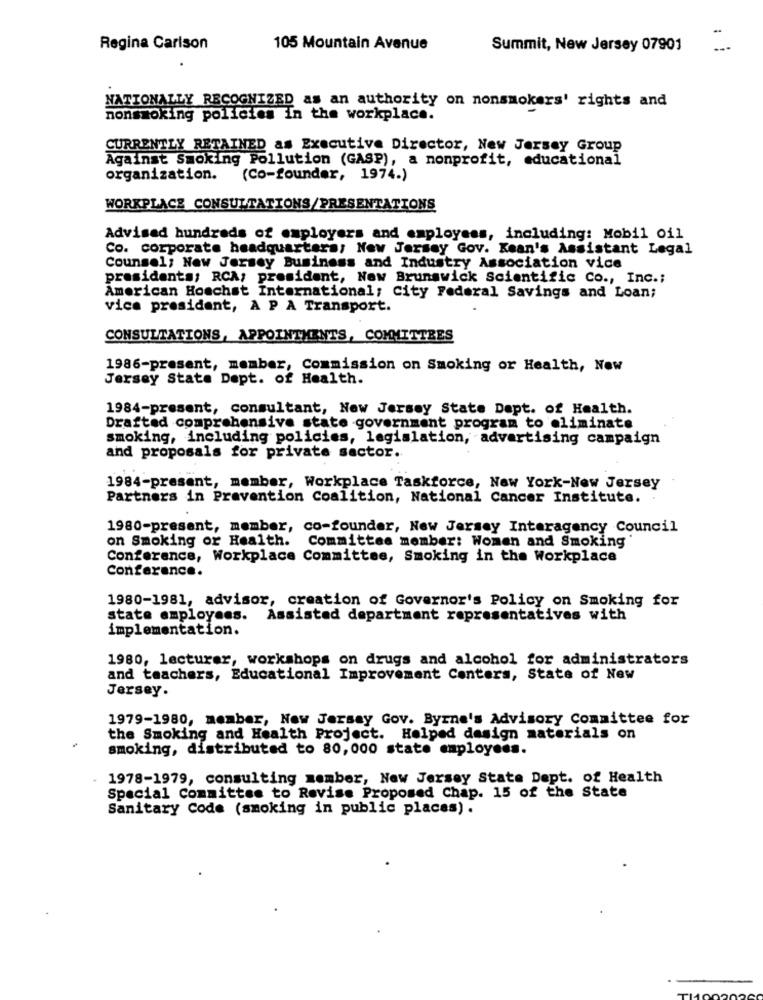
Regina Carlson
105 Mountain Avenue
Summit, New Jersey 07901
NATIONALLY RECOGNIZED as an authority on nonsmokers' rights and
nonsmoking policies in the workplace.
CURRENTLY RETAINED as Executive Director, New Jersey Group
Against Smoking Pollution (GASP), a nonprofit, educational
organization.
(Co-founder, 1974.)
WORKPLACE CONSULTATIONS/PRESENTATIONS
Advised hundreds of employers and employees, including: Mobil oil
Co. corporate headquarters; New Jersey Gov. Kean's Assistant Legal
Counsel; New Jersey Business and Industry Association vice
presidents; RCA; president, New Brunswick Scientific Co ., Inc .;
American Hoechst International; City Federal Savings and Loan;
vice president, A P A Transport.
CONSULTATIONS, APPOINTMENTS, COMMITTEES
1986-present, member, Commission on Smoking or Health, New
Jersey State Dept. of Health.
1984-present, consultant, New Jersey State Dept. of Health.
Drafted comprehensive state government program to eliminate
smoking, including policies, legislation, advertising campaign
and proposals for private sector.
1984-present, member, Workplace Taskforce, New York-New Jersey
Partners in Pravention Coalition, National Cancer Institute. .
1980-present, member, co-founder, New Jersey Interagency Council
on Smoking or Health. Committee member: Women and Smoking
Conference, Workplace Committee, Smoking in the Workplace
Conference.
1980-1981, advisor, creation of Governor's Policy on Smoking for
state employees. Assisted department representatives with
implementation.
1980, lecturer, workshops on drugs and alcohol for administrators
and teachers, Educational Improvement Centers, State of New
Jersey.
1979-1980, member, New Jersey Gov. Byrne's Advisory Committee for
the Smoking and Health Project. Helped design materials on
smoking, distributed to 80,000 state employees.
1978-1979, consulting member, New Jersey State Dept. of Health
Special Committee to Revise Proposed Chap. 15 of the State
Sanitary Code (smoking in public places) .